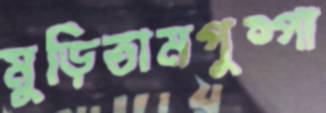
মুড়িতামপুষ্পা